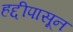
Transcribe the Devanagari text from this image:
हद्दीपासून